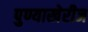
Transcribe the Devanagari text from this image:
पुण्याखेरीज